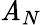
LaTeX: \mathit{A}_{N}